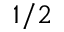
1 / 2